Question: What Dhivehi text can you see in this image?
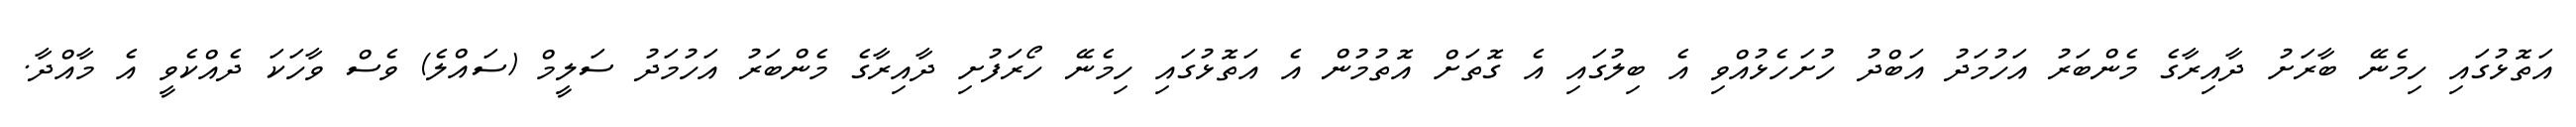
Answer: އަތޮޅުގައި ހިމެނޭ ބާރަށު ދާއިރާގެ މެންބަރު އަހުމަދު އަބްދު ހުށަހެޅުއްވި އެ ބިލުގައި އެ ގޮތަށް އޮތުމުން އެ އަތޮޅުގައި ހިމެނޭ ހޯރަފުށި ދާއިރާގެ މެންބަރު އަހުމަދު ސަލީމް (ސައްލެ) ވެސް ވާހަކަ ދެއްކެވީ އެ މާއްދާ.